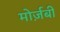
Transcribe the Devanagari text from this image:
मोर्ज़बी